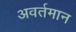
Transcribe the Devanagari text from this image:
अवर्तमान